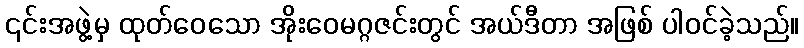
၎င်းအဖွဲ့မှ ထုတ်ဝေသော အိုးဝေမဂ္ဂဇင်းတွင် အယ်ဒီတာ အဖြစ် ပါဝင်ခဲ့သည်။